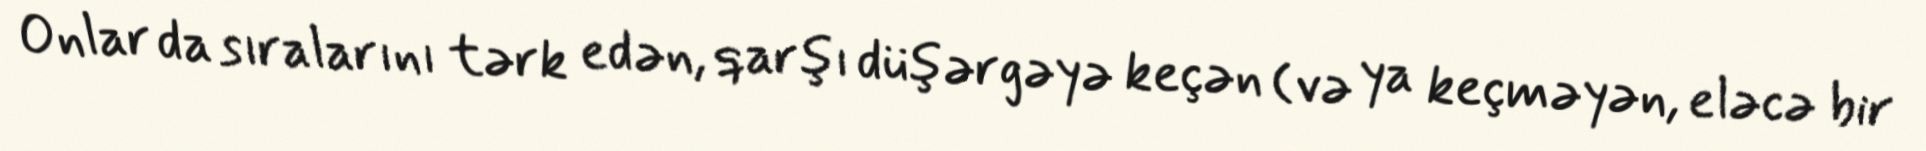
Onlar da sıralarını tərk edən, qarşı düşərgəyə keçən (və ya keçməyən, eləcə bir